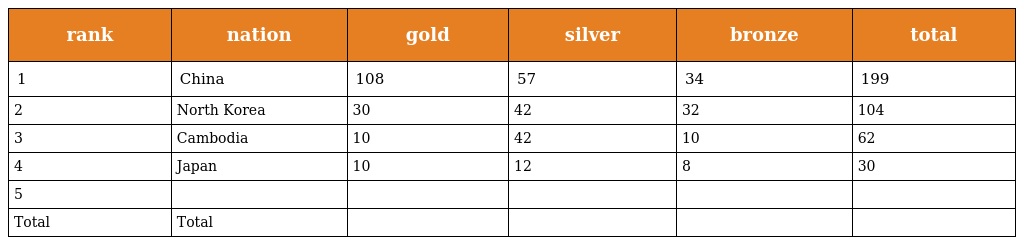
| rank | nation | gold | silver | bronze | total |
 | --- | --- | --- | --- | --- | --- |
 | 1 | China | 108 | 57 | 34 | 199 |
 | 2 | North Korea | 30 | 42 | 32 | 104 |
 | 3 | Cambodia | 10 | 42 | 10 | 62 |
 | 4 | Japan | 10 | 12 | 8 | 30 |
 | 5 |  |  |  |  |  |
 | Total | Total |  |  |  |  |